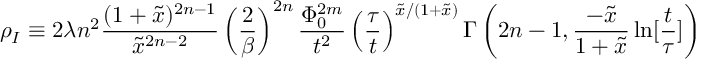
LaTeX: \rho _ { I } \equiv 2 \lambda n ^ { 2 } \frac { ( 1 + \tilde { x } ) ^ { 2 n - 1 } } { \tilde { x } ^ { 2 n - 2 } } \left( \frac { 2 } { \beta } \right) ^ { 2 n } \frac { \Phi _ { 0 } ^ { 2 m } } { t ^ { 2 } } \left( \frac { \tau } { t } \right) ^ { \tilde { x } / ( 1 + \tilde { x } ) } \Gamma \left( 2 n - 1 , \frac { - \tilde { x } } { 1 + \tilde { x } } \ln [ \frac { t } { \tau } ] \right)